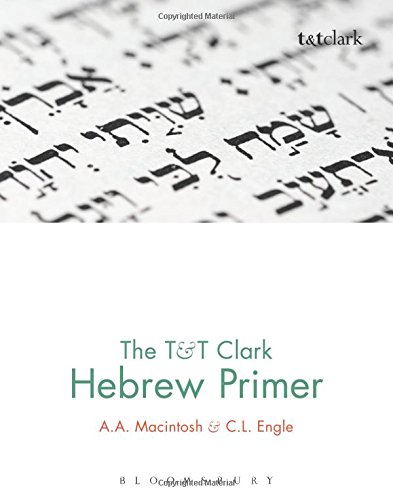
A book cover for The T&T Clark Hebrew Primer; A.A. Macintosh; Literature & Fiction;